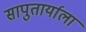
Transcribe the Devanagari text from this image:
सापुतार्याला